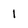
Character: 1